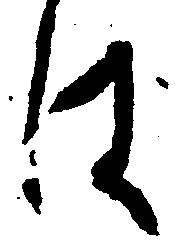
は